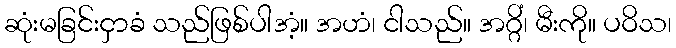
ဆုံးမခြင်းငှာခံ သည်ဖြစ်ပါအံ့။ အဟံ၊ ငါသည်။ အဂ္ဂိံ၊ မီးကို။ ပဝိသ၊